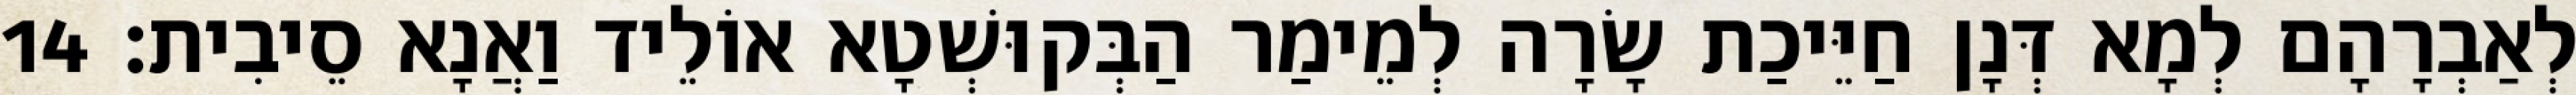
לְאַבְרָהָם לְמָא דְּנָן חַיֵּיכַת שָׂרָה לְמֵימַר הַבְּקוּשְׁטָא אוֹלֵיד וַאֲנָא סֵיבִית׃ 14